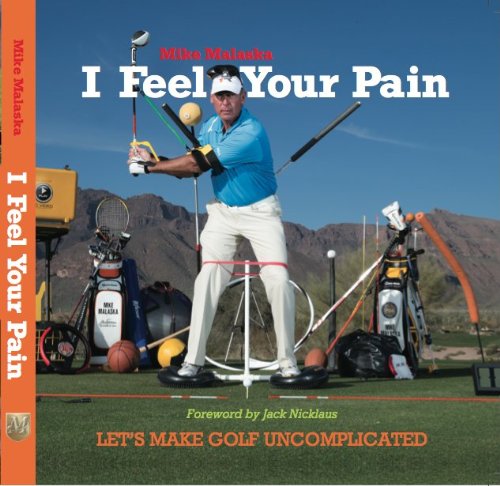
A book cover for I Feel Your Pain: Let's Make Golf Uncomplicated; Mike Malaska; Sports & Outdoors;